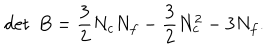
LaTeX: \det ~ B = { \frac { 3 } { 2 } } N _ { c } N _ { f } - { \frac { 3 } { 2 } } N _ { c } ^ { 2 } - 3 N _ { f } .